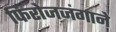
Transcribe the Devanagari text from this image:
फिरोजजंगाने